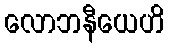
လောဘနီယေဟိ